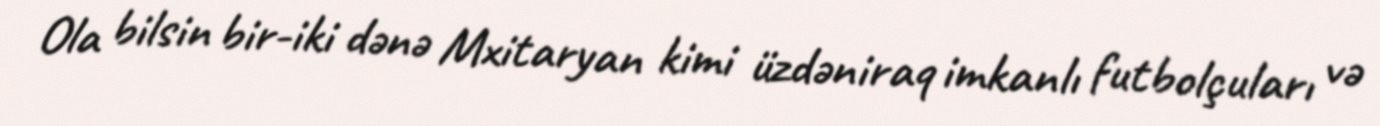
Ola bilsin bir-iki dənə Mxitaryan kimi üzdəniraq imkanlı futbolçuları və